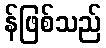
န်ဖြစ်သည်